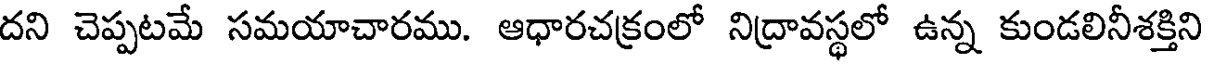
దని చెప్పటమే సమయాచారము. ఆధారచక్రంలో నిద్రావస్థలో ఉన్న కుండలినీశక్తిని